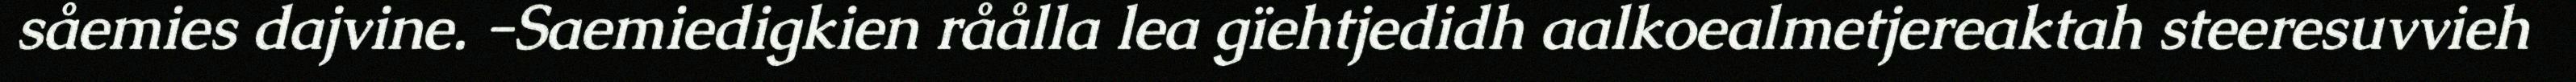
såemies dajvine. -Saemiedigkien råålla lea gïehtjedidh aalkoealmetjereaktah steeresuvvieh